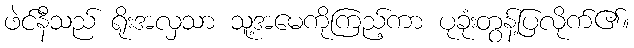
ဖဲင်နီသည် ရိုးအလှသာ သူ့အမေကိုကြည့်ကာ ပုခုံးတွန့်ပြလိုက်၏။